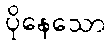
ပိုနေသော